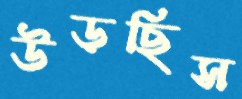
উড়ছিস